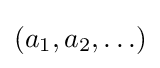
(a_{1},a_{2},\ldots )